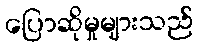
ပြောဆိုမှုများသည်